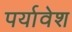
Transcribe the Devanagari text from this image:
पर्यावेश